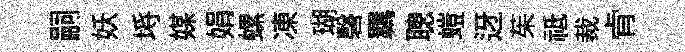
嗣妖埓媒娟螺凍瑚磬羈聰螘迓茱祗裁肻